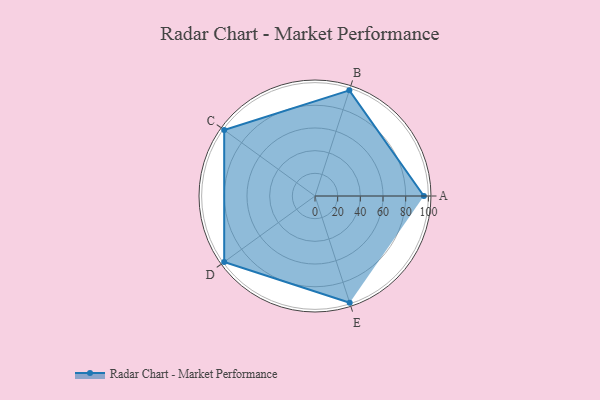
{"axis": {"x": "Skill", "y": "Score"}, "legend": ["Profile"], "data": [{"x": "A", "y": 96.0, "type": "Profile"}, {"x": "B", "y": 98.0, "type": "Profile"}, {"x": "C", "y": 99.0, "type": "Profile"}, {"x": "D", "y": 99, "type": "Profile"}, {"x": "E", "y": 99, "type": "Profile"}]}